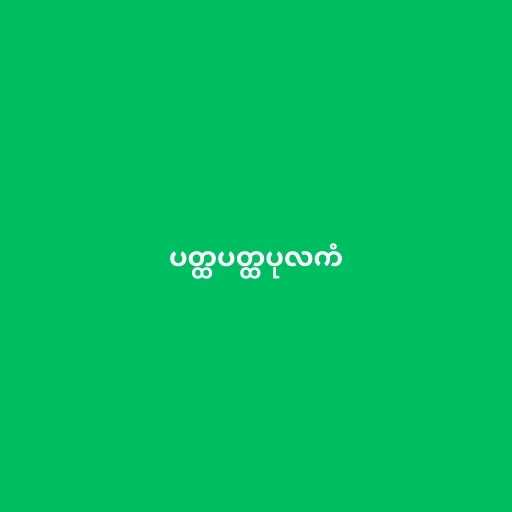
ပတ္ထပတ္ထပုလကံ